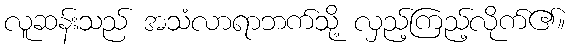
လူဆန်းသည် အသံလာရာဘက်သို့ လှည့်ကြည့်လိုက်၏။